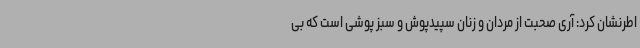
اطرنشان کرد: آری صحبت از مردان و زنان سپیدپوش و سبز پوشی است که بی